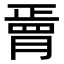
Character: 𦟆